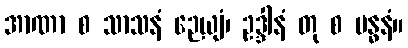
အာဏာ စ သာသနံ ဉေယျံ၊ ဥဒ္ဒါနံ တု စ ဗန္ဓနံ။